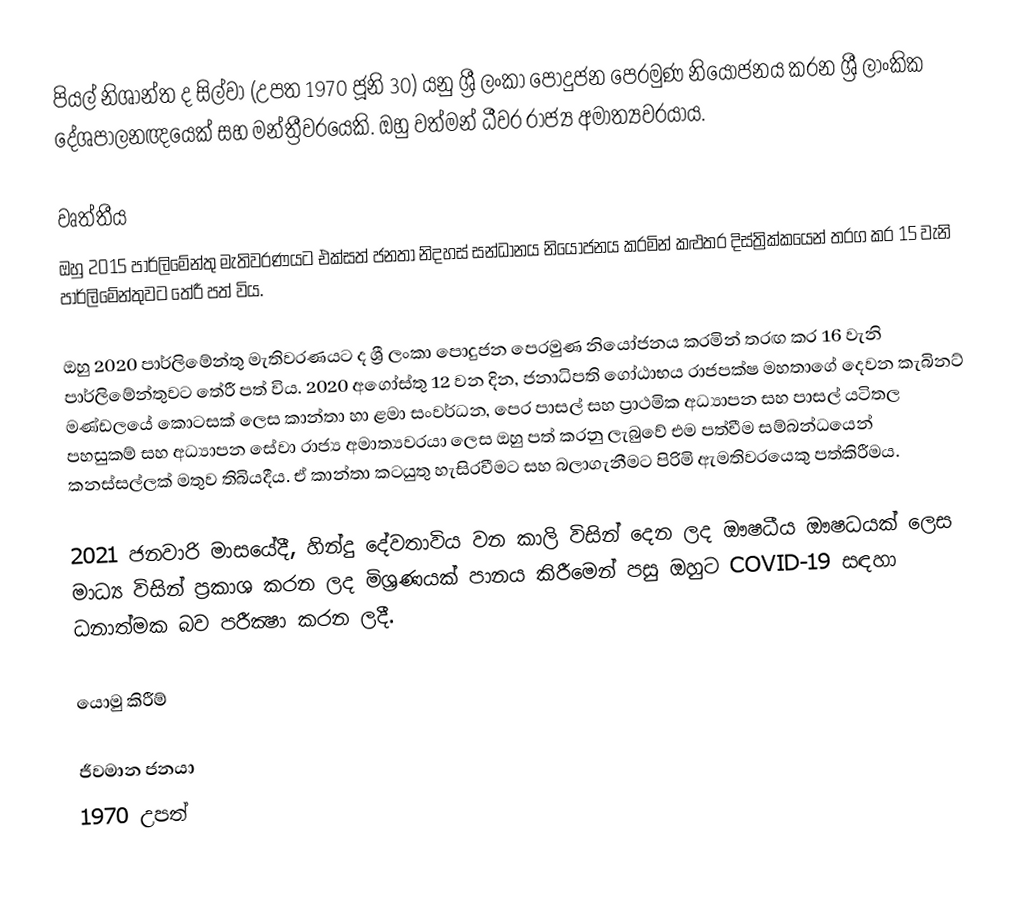
පියල් නිශාන්ත ද සිල්වා (උපත 1970 ජූනි 30) යනු ශ්‍රී ලංකා පොදුජන පෙරමුණ නියෝජනය කරන ශ්‍රී ලාංකික දේශපාලනඥයෙක් සහ මන්ත්‍රීවරයෙකි. ඔහු වත්මන් ධීවර රාජ්‍ය අමාත්‍යවරයාය.

වෘත්තීය
ඔහු 2015 පාර්ලිමේන්තු මැතිවරණයට එක්සත් ජනතා නිදහස් සන්ධානය නියෝජනය කරමින් කළුතර දිස්ත්‍රික්කයෙන් තරග කර 15 වැනි පාර්ලිමේන්තුවට තේරී පත් විය.

ඔහු 2020 පාර්ලිමේන්තු මැතිවරණයට ද ශ්‍රී ලංකා පොදුජන පෙරමුණ නියෝජනය කරමින් තරඟ කර 16 වැනි පාර්ලිමේන්තුවට තේරී පත් විය. 2020 අගෝස්තු 12 වන දින, ජනාධිපති ගෝඨාභය රාජපක්ෂ මහතාගේ දෙවන කැබිනට් මණ්ඩලයේ කොටසක් ලෙස කාන්තා හා ළමා සංවර්ධන, පෙර පාසල් සහ ප්‍රාථමික අධ්‍යාපන සහ පාසල් යටිතල පහසුකම් සහ අධ්‍යාපන සේවා රාජ්‍ය අමාත්‍යවරයා ලෙස ඔහු පත් කරනු ලැබුවේ එම පත්වීම සම්බන්ධයෙන් කනස්සල්ලක් මතුව තිබියදීය. ඒ කාන්තා කටයුතු හැසිරවීමට සහ බලාගැනීමට පිරිමි ඇමතිවරයෙකු පත්කිරීමය.

2021 ජනවාරි මාසයේදී, හින්දු දේවතාවිය වන කාලි විසින් දෙන ලද ඖෂධීය ඖෂධයක් ලෙස මාධ්‍ය විසින් ප්‍රකාශ කරන ලද මිශ්‍රණයක් පානය කිරීමෙන් පසු ඔහුට COVID-19 සඳහා ධනාත්මක බව පරීක්‍ෂා කරන ලදී.

යොමු කිරීම්

ජීවමාන ජනයා
1970 උපත්